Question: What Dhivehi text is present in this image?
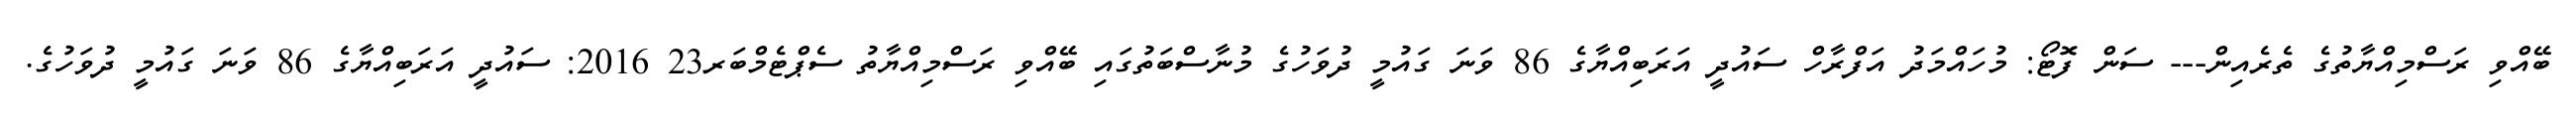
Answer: ބޭއްވި ރަސްމިއްޔާތުގެ ތެރެއިން--- ސަން ފޮޓޯ: މުހައްމަދު އަފްރާހް ސައުދީ އަރަބިއްޔާގެ 86 ވަނަ ގައުމީ ދުވަހުގެ މުނާސްބަތުގައި ބޭއްވި ރަސްމިއްޔާތު ސެޕްޓެމްބަރ23 2016: ސައުދީ އަރަބިއްޔާގެ 86 ވަނަ ގައުމީ ދުވަހުގެ.